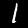
Digit: 1